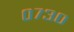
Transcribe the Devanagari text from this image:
०७३०